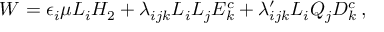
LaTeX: W = \epsilon _ { i } \mu L _ { i } H _ { 2 } + \lambda _ { i j k } L _ { i } L _ { j } E _ { k } ^ { c } + \lambda _ { i j k } ^ { \prime } L _ { i } Q _ { j } D _ { k } ^ { c } \, ,